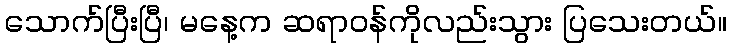
သောက်ပြီးပြီ၊ မနေ့က ဆရာဝန်ကိုလည်းသွား ပြသေးတယ်။